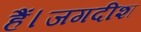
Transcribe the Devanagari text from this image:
हैं।जगदीश